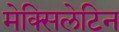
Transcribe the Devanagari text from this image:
मेक्सिलेटिन